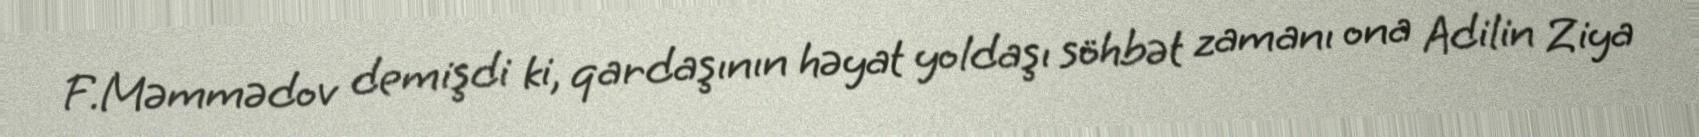
F.Məmmədov demişdi ki, qardaşının həyat yoldaşı söhbət zamanı ona Adilin Ziya